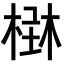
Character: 𣕑